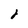
Character: 2